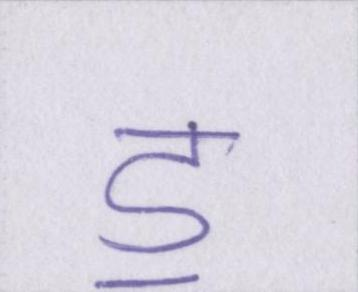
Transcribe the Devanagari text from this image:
ॾ